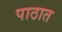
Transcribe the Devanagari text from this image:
पाठात